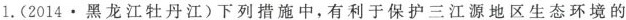
1.(2014·黑龙江牡丹江)下列措施中，有利于保护三江源地区生态环境的